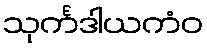
သုင်္ကဒါယကံဝ